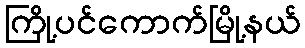
ကြို့ပင်ကောက်မြို့နယ်